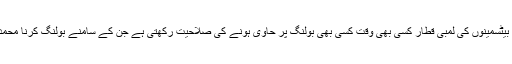
نیوزی لینڈ کے خلاف ناکامی سے دوچار ہونے کے باوجود انڈیای بیٹسمینوں کی لمبی قطار کسی بھی وقت کسی بھی بولنگ پر حاوی ہونے کی صلاحیت رکھتی ہے جن کے سامنے بولنگ کرنا محمد عامر، محمد عرفان اور وہاب ریاض کے لیے سخت امتحان ہوگا۔